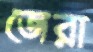
জেরা